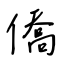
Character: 僑